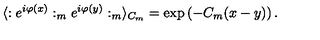
\langle : e ^ { i \varphi ( x ) } : _ { m } e ^ { i \varphi ( y ) } : _ { m } \rangle _ { C _ { m } } = \exp \left( - C _ { m } ( x - y ) \right) .